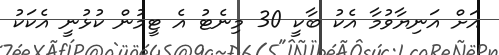
އަށް އަނިޔާވުމާ އެކު ބާކީ 30 މިނެޓު އެ ޓީމުން ކުޅުނީ އެކަކު